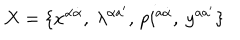
X = \{ x ^ { \alpha \dot { \alpha } } , \ \lambda ^ { \alpha a ^ { \prime } } , \, p i ^ { a \dot { \alpha } } , \ y ^ { a a ^ { \prime } } \}